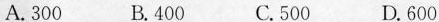
A.300 B.400 C.500 D.600